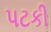
પટકી